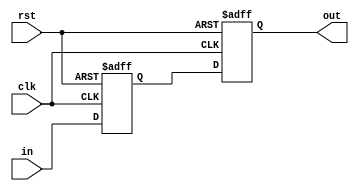
module debounce #(parameter SIZE = 1) (
				       input 		 clk,
				       input 		 rst,
				       input [SIZE-1:0]  in,
				       output [SIZE-1:0] out
				       );

   reg [SIZE-1:0] 					 q1,q2;

   always @(posedge clk or posedge rst) begin
      if(rst) begin
	 q1 <= 'b0;
	 q2 <= 'b0;
      end
      else begin
	 q1 <= in;
	 q2 <= q1;
      end
   end

   assign out = q2;

endmodule // debounce